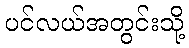
ပင်လယ်အတွင်းသို့